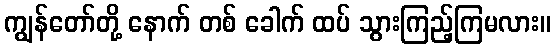
ကျွန်တော်တို့ နောက် တစ် ခေါက် ထပ် သွားကြည့်ကြမလား။